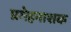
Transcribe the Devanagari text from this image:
प्रमेहनाशक